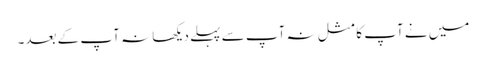
میں نے آپ کا مثل نہ آپ سے پہلے دیکھا نہ آپ کے بعد۔